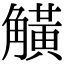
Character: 觵